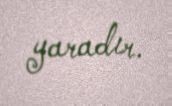
yaradır.